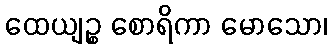
ထေယျဉ္စ စောရိကာ မောသော၊